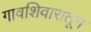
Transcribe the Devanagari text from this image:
गावशिवारातून